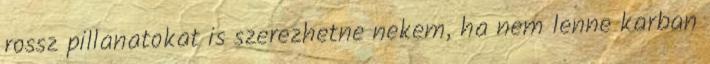
rossz pillanatokat is szerezhetne nekem, ha nem lenne karban